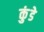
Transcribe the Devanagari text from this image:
कुंडेे